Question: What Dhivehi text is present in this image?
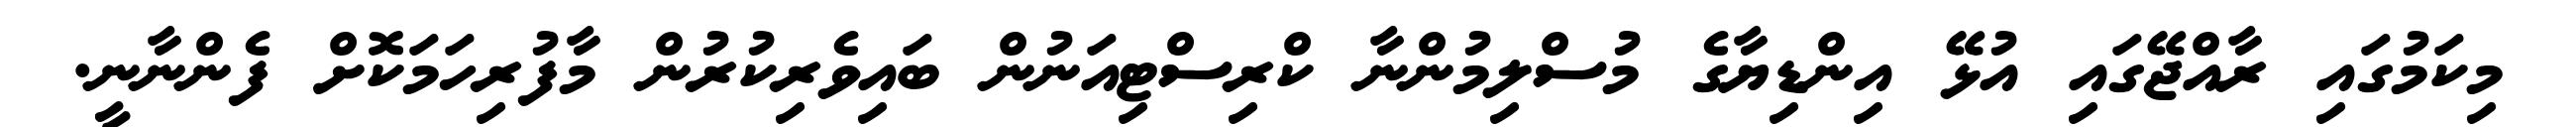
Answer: މިކަމުގައި ރާއްޖޭގައި އުޅޭ އިންޑިޔާގެ މުސްލިމުންނާ ކްރިސްޓިއަނުން ބައިވެރިކުރުން މާފުރިހަމަކޮށް ފެންނާނީ.